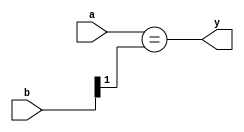
module test08(a, b, y);
  input [1:0] a;
  input [1:0] b;
  output y;
  assign y = a == ($signed(b) >>> 1);
endmodule